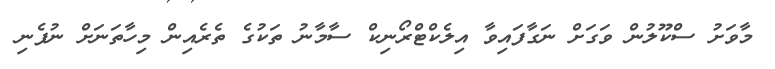
މާވަށު ސްކޫލުން ވަގަށް ނަގާފައިވާ އިލެކްޓްރޯނިކް ސާމާނު ތަކުގެ ތެރެއިން މިހާތަނަށް ނުފެނި